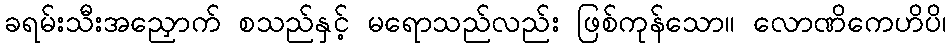
ခရမ်းသီးအညှောက် စသည်နှင့် မရောသည်လည်း ဖြစ်ကုန်သော။ လောဏိကေဟိပိ၊